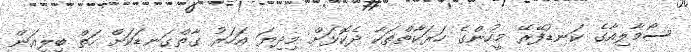
ސޯމާލިއާގެ ކަނޑުފޭރޭ މީހުންގެ ހަރަކާތްތަކާ ދެކޮޅަށް މިދިޔަ އަހަރު ގާތްގަނޑަކަށް ހަތް ބިލިއަން